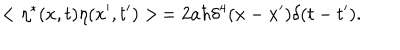
LaTeX: < \eta ^ { * } ( x , t ) \eta ( x ^ { \prime } , t ^ { \prime } ) > \, = 2 a \hbar \delta ^ { 4 } ( x - x ^ { \prime } ) \delta ( t - t ^ { \prime } ) .